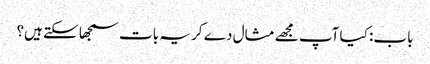
باب: کیا آپ مجھے مثال دے کر یہ بات سمجھا سکتے ہیں؟